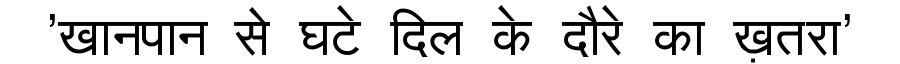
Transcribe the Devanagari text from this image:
'खानपान से घटे दिल के दौरे का ख़तरा'